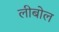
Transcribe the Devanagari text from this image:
लीबोल